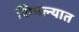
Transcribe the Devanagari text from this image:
शिमल्यात